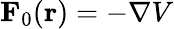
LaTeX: \mathbf{F}_{0}({\mathbf r})=-\nabla V